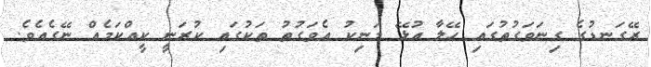
ރޭގަނޑުގެ ގިނަވަގުތުގައި ހޭލާ އުޅޭ މަނިކު އެވަގުތު ތަކުގައި ކުރަނީ ކީޢްކަމެއް ނޭގެއެވެ.